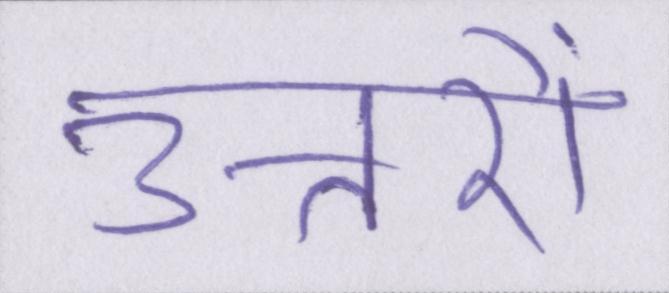
उत्तरों